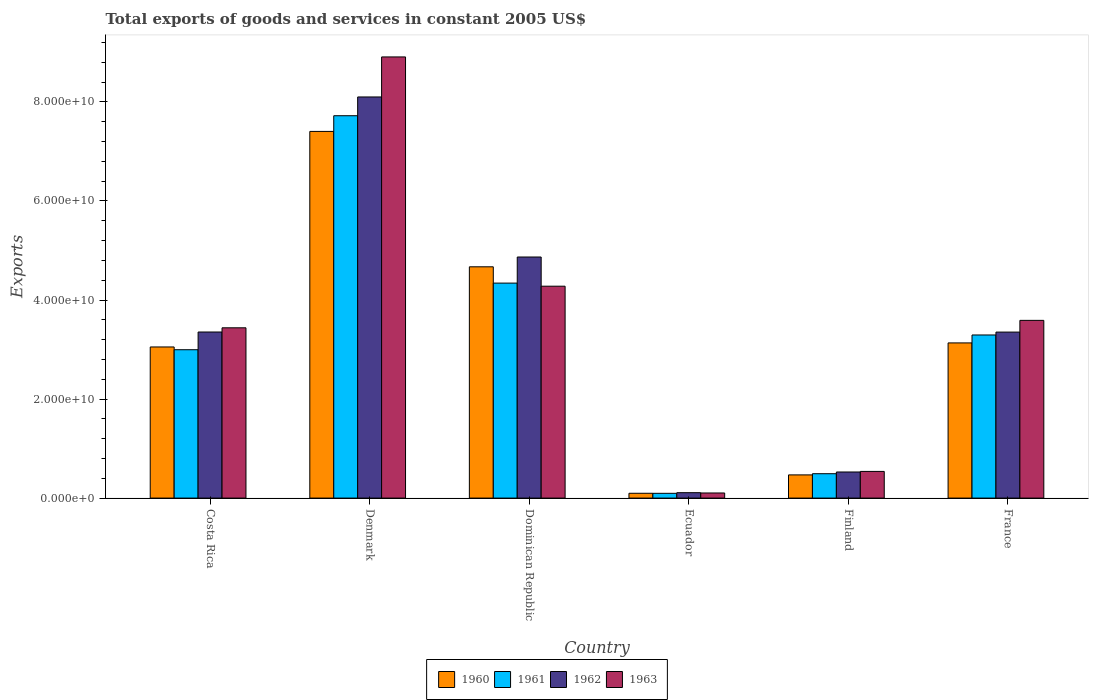
| Country | 1960 | 1961 | 1962 | 1963 |
 | --- | --- | --- | --- | --- |
 | Costa Rica | 3.05e+10 | 3e+10 | 3.35e+10 | 3.44e+10 |
 | Denmark | 7.4e+10 | 7.72e+10 | 8.1e+10 | 8.91e+10 |
 | Dominican Republic | 4.67e+10 | 4.34e+10 | 4.87e+10 | 4.28e+10 |
 | Ecuador | 9.72e+08 | 9.65e+08 | 1.09e+09 | 1.03e+09 |
 | Finland | 4.68e+09 | 4.92e+09 | 5.27e+09 | 5.39e+09 |
 | France | 3.13e+10 | 3.29e+10 | 3.35e+10 | 3.59e+10 |